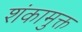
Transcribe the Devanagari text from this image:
शंकामुक्त